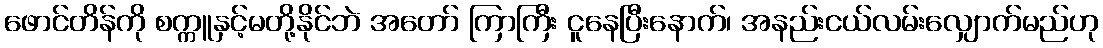
ဖောင်တိန်ကို စက္ကူနှင့်မတို့နိုင်ဘဲ အတော် ကြာကြီး ငူနေပြီးနောက်၊ အနည်းငယ်လမ်းလျှောက်မည်ဟု